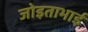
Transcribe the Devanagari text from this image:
जोइताभाई